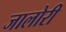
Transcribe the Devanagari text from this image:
जालोरी